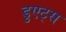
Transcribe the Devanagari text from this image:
डुएट्स